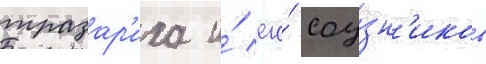
тразар'иха и́ его́ соу́зн'иков